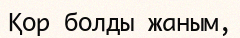
Қор болды жаным,